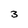
Character: 3